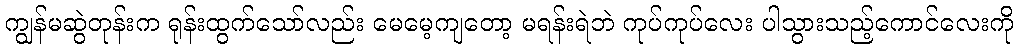
ကျွန်မဆွဲတုန်းက ရုန်းထွက်သော်လည်း မေမေ့ကျတော့ မရန်းရဲဘဲ ကုပ်ကုပ်လေး ပါသွားသည့်ကောင်လေးကို